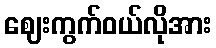
ဈေးကွက်ဝယ်လိုအား